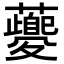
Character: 𧃰